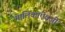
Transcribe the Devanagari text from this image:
मालिकांऐवजी